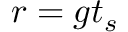
r = g t _ { s }